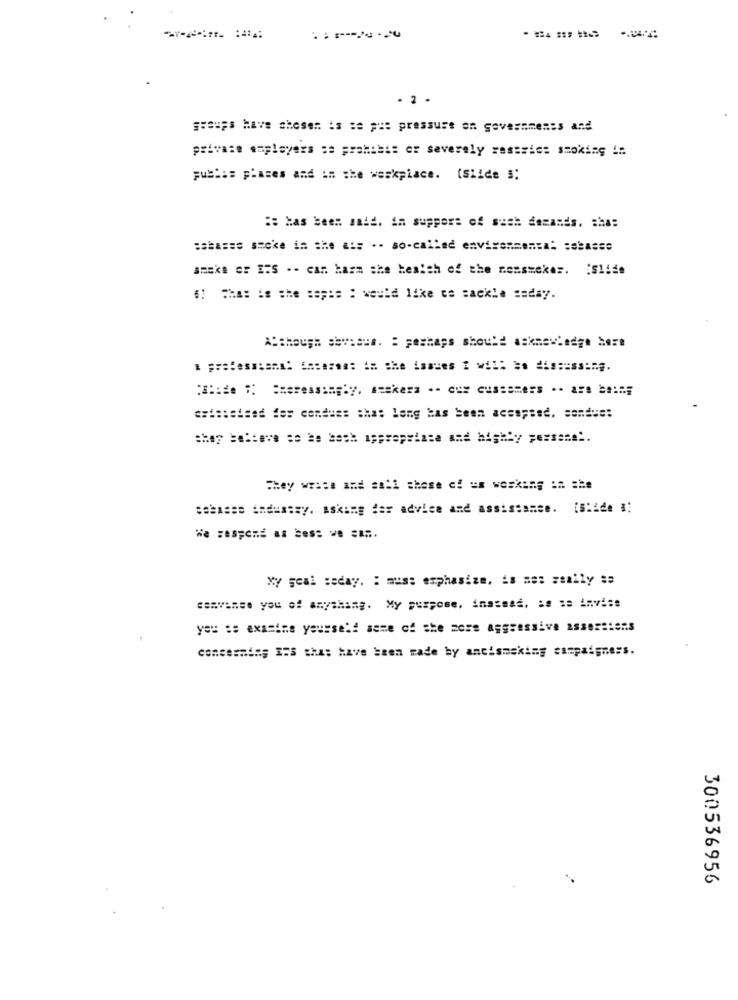
. 2 .
privace a=players sa prohibi= or severely rasseis: smoking !!
pus ::= places and in the weskpiace. (Siide #:
:: has been said. in support of such demands. cha:
:shasse secke in the ais .- so-called environmental :sbasse
amake or ITS -- can harm she heaith of the nossmokes. islife
#: ==== == = he :ep :: : would like ce mackle :aday.
Although shy:aus. : perhaps should acknowledge here
professions: iaseres: in the isases I will be dis :: ss := g.
esteteised der condues sha: long has been acsapsed. sendus:
They write and sa:1 those of == ======= == = he
sebasse industry. Asking for advice and assistance. [Slide #:
We zespend as bes: . e ===.
Xy geal seday. : must emphasize, is mes zeally ##
convince you of anything. My purpose, inassad, se :s invi:s
you :: examine yourself some of the more aggressive assersiens
concesming I:S that have been made by ancismaking campaigners.
300536956